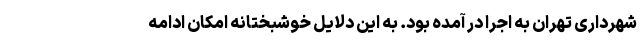
شهرداری تهران به اجرا در آمده بود. به این دلایل خوشبختانه امکان ادامه